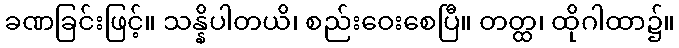
ခဏခြင်းဖြင့်။ သန္နိပါတယိ၊ စည်းဝေးစေပြီ။ တတ္ထ၊ ထိုဂါထာ၌။